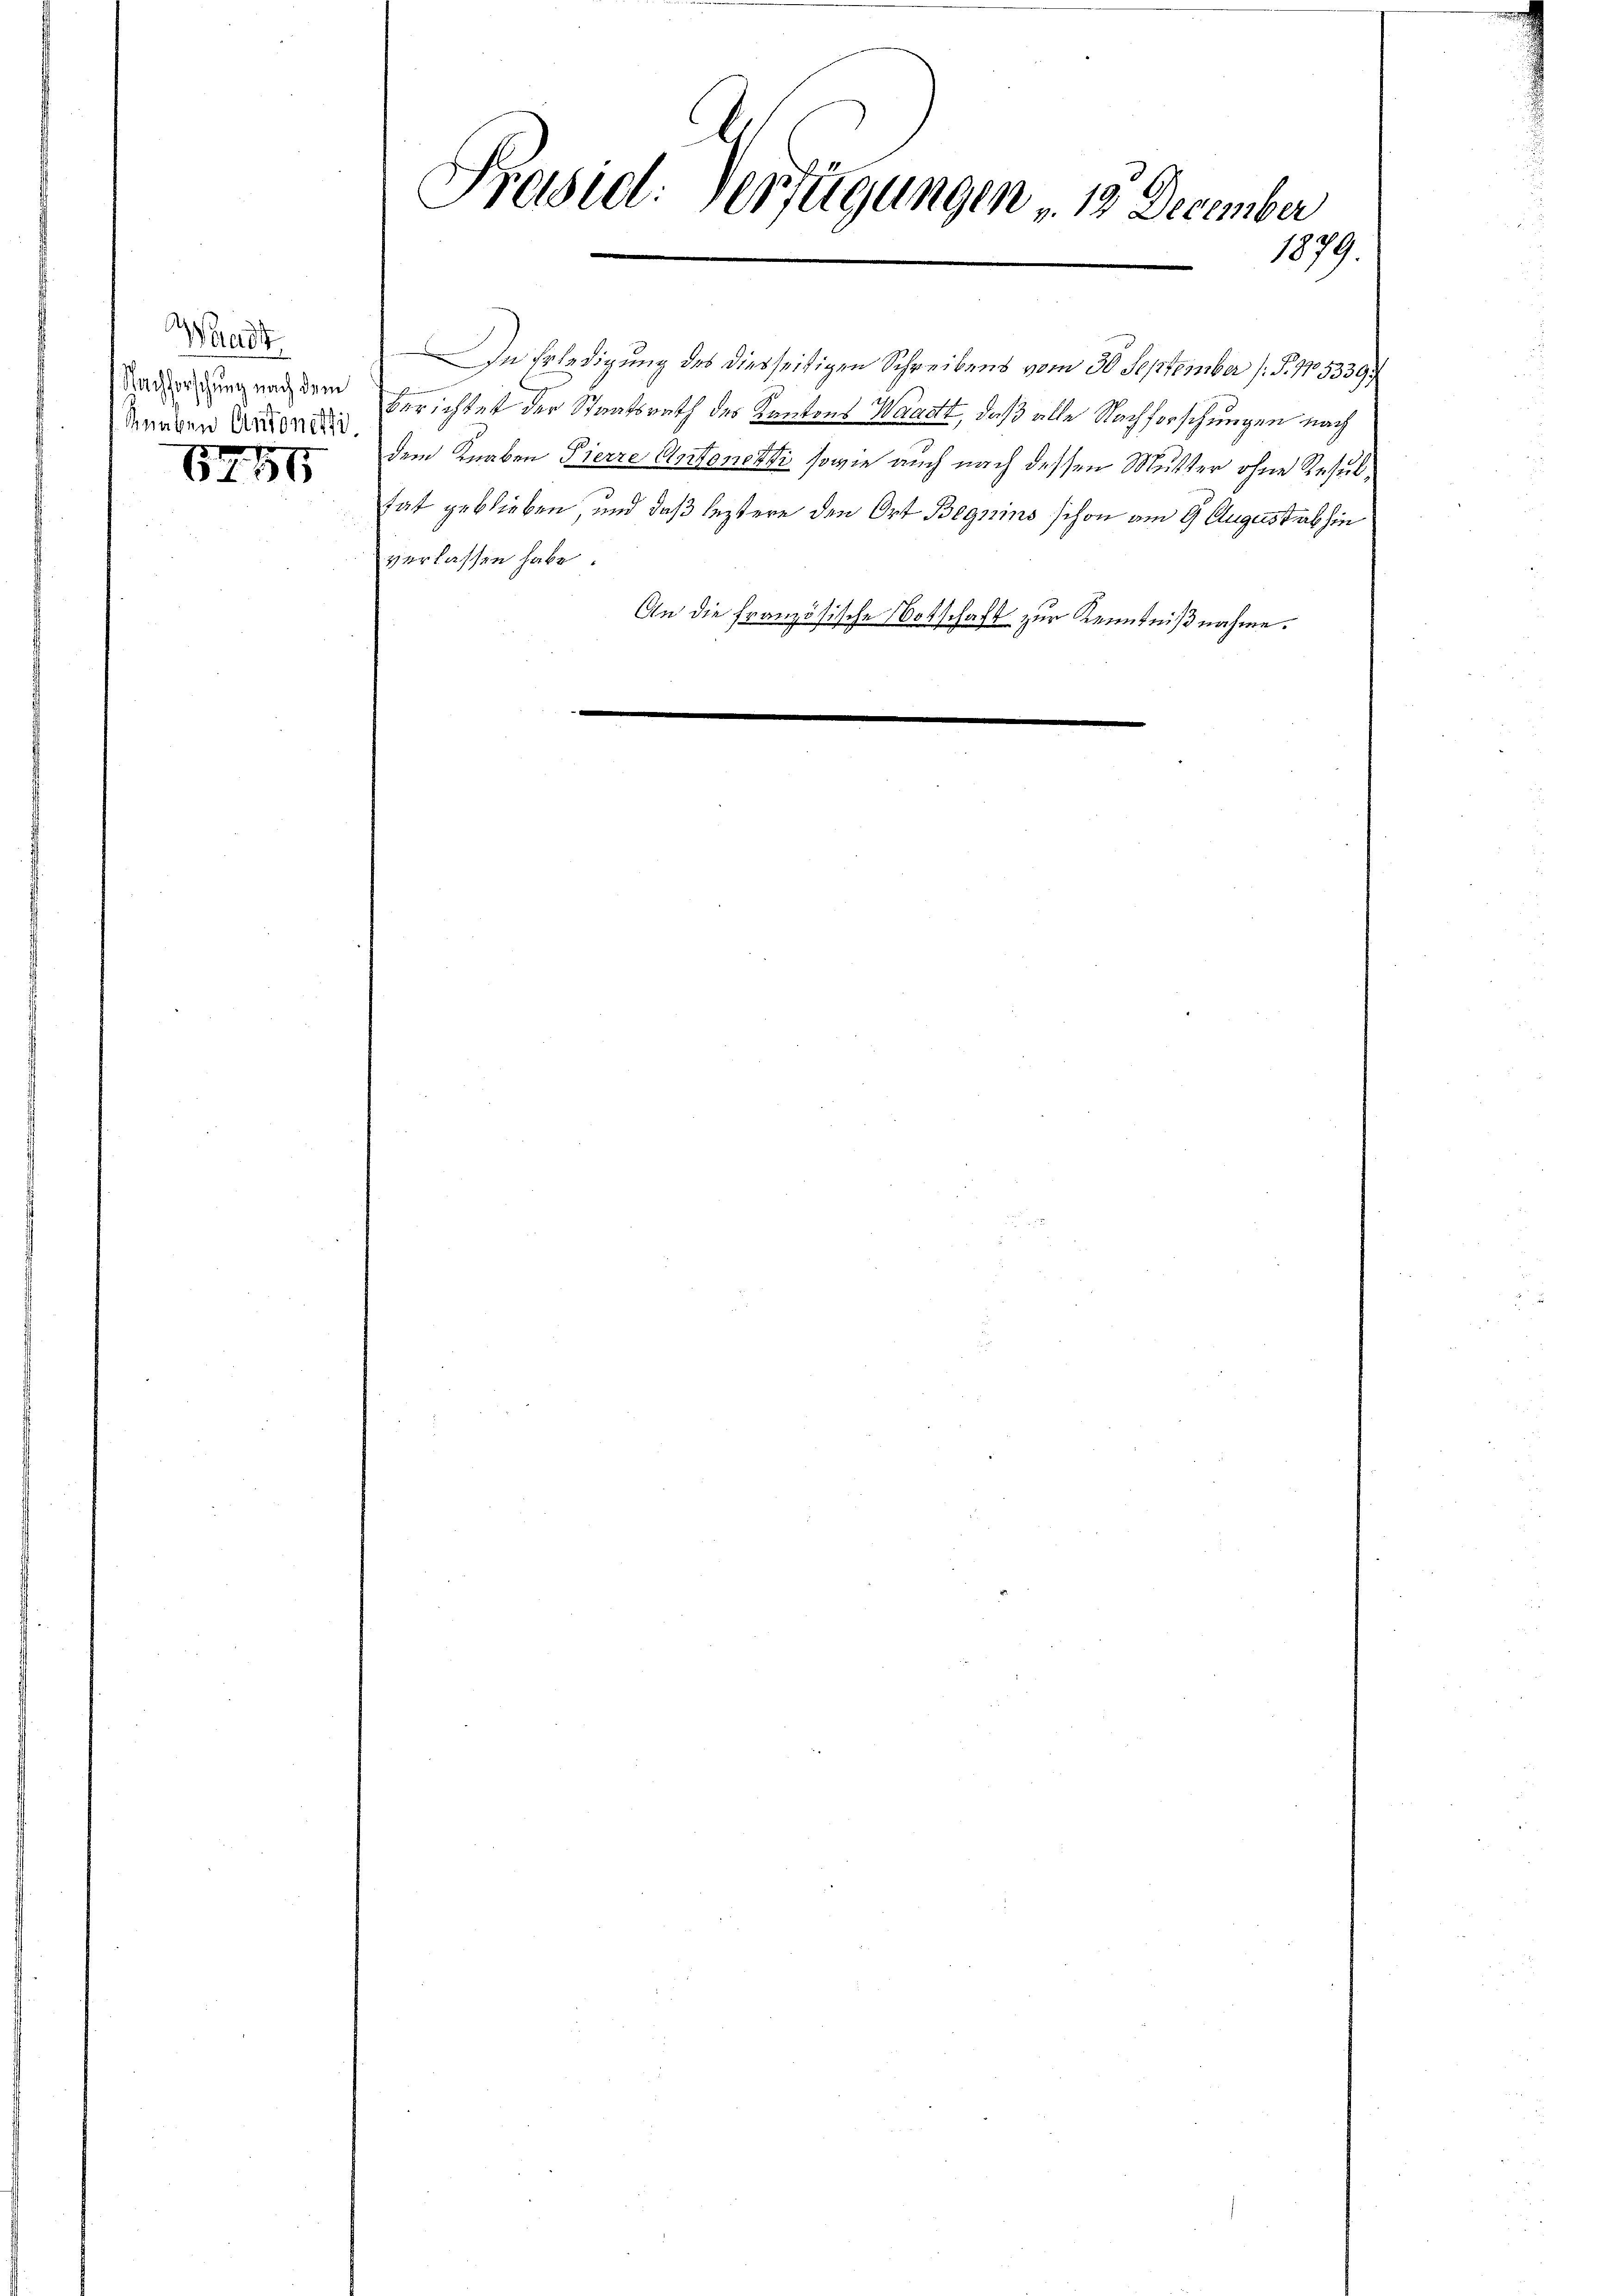
Waadt
Nachforschung nach dem
Rnaben Antonetti,

652. 55

In Erledigung des diesseitigen Schreibens vom 30. September (S. 1053399
berichtet der Staatsrath des Kantons Waadt, daß alle Nachforschungen nach
dem Knaben Pierre Antonetti sowie auch nach dessen Mutter ohne Resultat geblieben, und daß leztere den Ort Begnins schon am 9. August abhin
verlassen habe.
An die französische Botschaft zur Kenntnißnahme.

Præsid: Verfügungen v. 13. December
1879